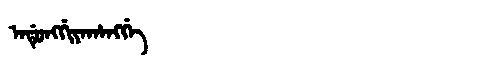
Manchu: ᠠᡩᡠᠩᡤᡳᠶᠠᡥᠠᠩᡤᡝ
Romanization: ADUNGGIYAHANGGE